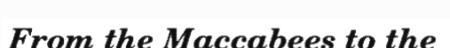
From the Maccabees to the